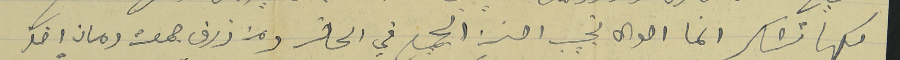
كلها تشاكر انما احوال نجيب احسن الجميع في الحاضر ومن ذرف جمعة رمان اخذ